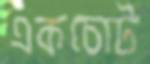
একচোট